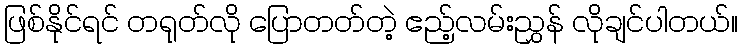
ဖြစ်နိုင်ရင် တရုတ်လို ပြောတတ်တဲ့ ဧည့်လမ်းညွှန် လိုချင်ပါတယ်။